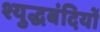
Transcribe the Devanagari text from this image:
श्युद्धबंदियों